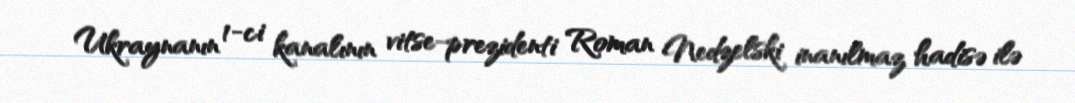
Ukraynanın 1-ci kanalının vitse-prezidenti Roman Nedzelski inanılmaz hadisə ilə